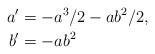
LaTeX: \begin{align*} a' &= -a^3/2 - ab^2/2, \\ b' &= -ab^2\end{align*}